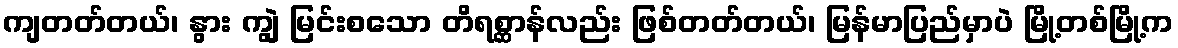
ကျတတ်တယ်၊ နွား ကျွဲ မြင်းစသော တိရစ္ဆာန်လည်း ဖြစ်တတ်တယ်၊ မြန်မာပြည်မှာပဲ မြို့တစ်မြို့က